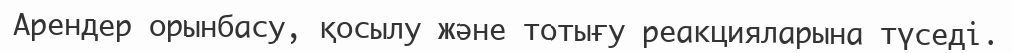
Арендер орынбасу, қосылу және тотығу реакцияларына түседі.